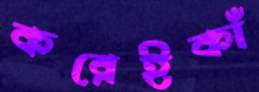
করেইকাঁ